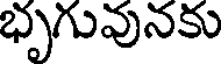
భృగువునకు